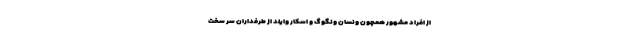
از افراد مشهور همچون ونسان ونگوگ و اسکار وایلد از طرفداران سر سخت